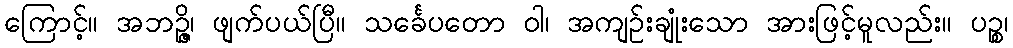
ကြောင့်။ အဘဉ္ဇိ၊ ဖျက်ပယ်ပြီ။ သင်္ခေပတော ဝါ၊ အကျဉ်းချုံးသော အားဖြင့်မူလည်း။ ပဉ္စ၊